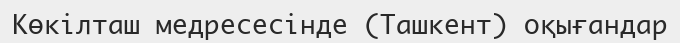
Көкілташ медресесінде (Ташкент) оқығандар